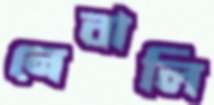
নেবালি